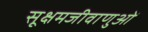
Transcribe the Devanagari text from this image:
सूक्षमजीवाणुओं